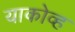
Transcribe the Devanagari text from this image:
याकोव्ह